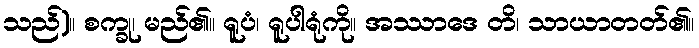
သည်)။ စက္ခု၊ မည်၏။ ရူပံ၊ ရူပါရုံကို။ အဿာဒေ တိ၊ သာယာတတ်၏။